Report on the administration of the Government Cinchona Department 1892-98
Year: 1892
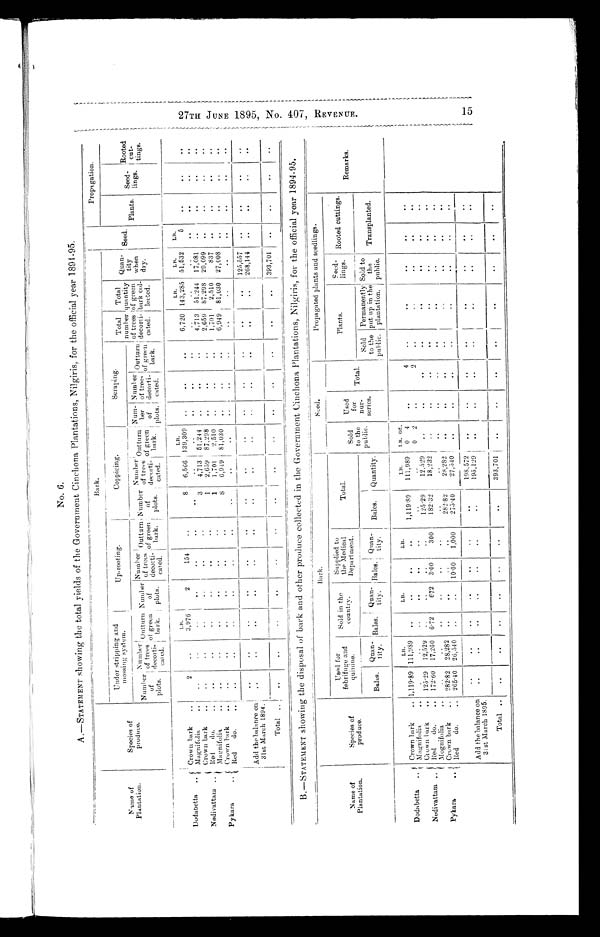
No. 6.
A.-STATEMENT showing the total yields of the Government Cinchona Plantations, Nilgiris, for the official year 1894-95.
Name of
Plantation.
Species of
produce.
Bark.
Seed.
Propagation.
Under stripping and
mossing system.
Up-rooting.
Coppicing.
Scraping.
Total
number
of trees
decorti- cated
Total
quantity
of green
bark col-
lected.
Quan- tity
when
drys.
Plants. Seed-
lings.
Rooted
cut- .
tings.
Number
of
plots.
Nu mber
of trees
decorti-
cated
c
Outturn of green
bark.
Number
of
plots.
Number
of trees
decorti-
cated.
O u t t u r n
o f g r e e n
b a r k .
Number
of
plots.
Number of trees
docorti-
cated.
Outturn
of green
bark.
Num-
ber of
plots.
Number
of trees
decorti-
cated.
O u t t u r n
o f g r e e n
b a r k .
LB.
LB.
LB.
LB.
LB.
Crown bark ..
2
..
3,976
2
154
..
8 6,566 139,309 ..
..
..
6,720 143,285 51,532
5
..
. .
..
Dodabetta .. Magnifolia ..
. .
. .
. .
. .
. .
. .
. .
. .
. .
. .
. . ..
. .
. .
. .
. .
. .
. .
. .
Crown bark ..
..
..
..
..
..
..
3 4,713 51,244 ..
..
..
4,713 51,244 17,081 ..
. .
. .
. .
Nedivattam .. Red do ..
..
..
. .
..
.
.
..
1 2,659 87,298 ..
. .
..
2,659 87,298 29,099 ..
.
Magnifolia
..
..
..
. .
..
..
1 1,701 2,510 ..
..
..
1,701 2,510
837 ..
. .
. .
..
Crown bark ..
..
. .
. .
..
.
.
. .
8 6,949 81,030 ..
..
..
6,949 81,030 27,008 ..
. .
. .
Pykara.
Red do. ..
. .
. .
..
..
. .
. .
. .
..
..
. .
. .
. .
..
..
..
. .
. .
Add the balance on
31st March 1894.
. .
. .
..
. .
. .
. .
. .
. .
. .
. .
. .
. .
. .
. .
. . 125,557
268,144
..
..
..
..
. .
..
..
Total ..
. .
. .
. .
. .
. .
. .
. .
. .
. .
. .
. .
. .
. .
. . 393,701 ..
..
..
..
B.—STATEMENT showing the disposal of bark and other produce collected in the Government Cinchona Plantations, Nilgiris, for the official year 1894-95.
Name of
Plantation.
Species of
produce.
B a r k .
seed.
Propagated plants and seedlings.
Remarks.
Used f o r
febrif uge and
quinine.
Sold in the
country.
Supplied to
the Medical
Department.
Total.
Sold
to the p u b l i c
Used
f o r
n u r -
s e r i e s
Total.
Plants.
S e e d -
lings. Rooted cuttings.
Bales. Quan-
tity. Bales.
Q u a n - t i t y . Bales.
Q u a n -
tity
Bales. Quantity.
Sold
to the
public.
Permanently
put up in the
plantation.
Sold to
the
public.
Transplanted.
LB.
LB.
LB.
LB.
LB. oz.
Crown bark
.. 1,119.89 111.989 ..
..
. .
. .
1, 119. 89 111,989
0 4
. .
4
..
..
. .
. .
. .
Dodabetta ..
M a g n i f o l i a
.
.
0 2
..
2
.
.
..
..
. .
.
C r o w n b a r k
1 2 5 . 2 9 12,529 ..
. .
125.29
12.529
..
..
..
. .
. .
..
Nodivattam ..
R e d d o . . 172.60 17,260 6.72
672 3.00
300
18 ,232
..
..
. .
..
..
182.32
Mognifolia
..
..
..
..
. .
. .
..
. .
..
. .
. .
. .
.
.
. .
Crown bark .. 282.82 28,282 ..
..
..
28,282
28,282 ..
. .
..
. .
. .
. .
..
. .
Pykara . .
Red do .. 265.40 26,540 ..
..
10.00 1,000
275.40
27,540
..
..
. .
..
..
..
. .
. .
. .
Add the balance on
31st March 1895.
. .
..
..
.
..
..
..
.
.
..
..
198,572
195,129
..
..
..
..
..
..
..
..
..
. .
. .
. .
. .
Total . .
. .
. . . .
. .
. .
. .
. .
. . 393,701
..
. .
..
. .
..
..
. .
. .
. .
2 7 T H J U N E 1 8 9 5 , N O , 4 0 7 , R E V E N U E . 1 5